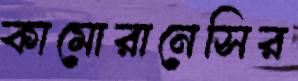
কামোরানেসির